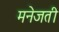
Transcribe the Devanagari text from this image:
मनेजती